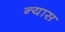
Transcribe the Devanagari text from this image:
न्‍यास